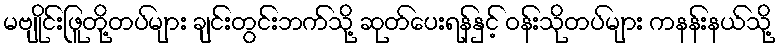
မဗျိုင်းဖြူတို့တပ်များ ချင်းတွင်းဘက်သို့ ဆုတ်ပေးရန်နှင့် ဝန်းသိုတပ်များ ကနန်းနယ်သို့